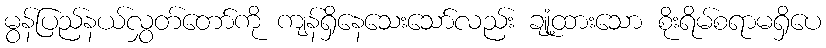
မွန်ပြည်နယ်လွှတ်တော်ကို ကျန်ရှိနေသေးသော်လည်း ချုံ့ထားသော စိုးရိမ်စရာမရှိပေ